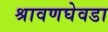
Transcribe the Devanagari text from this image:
श्रावणघेवडा